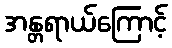
အန္တရာယ်ကြောင့်